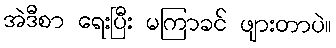
အဲဒီစာ ရေးပြီး မကြာခင် ဖျားတာပဲ။